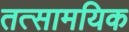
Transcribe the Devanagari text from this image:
तत्सामयिक